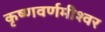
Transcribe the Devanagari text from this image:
कृष्णवर्णमीश्वर